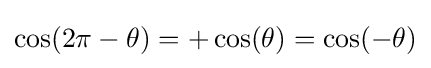
\cos(2\pi -\theta )=+\cos(\theta )=\cos(-\theta )